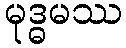
မုဒ္ဓမဿ